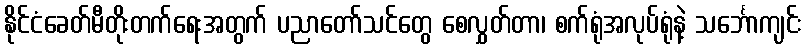
နိုင်ငံခေတ်မီတိုးတက်ရေးအတွက် ပညာတော်သင်တွေ စေလွှတ်တာ၊ စက်ရုံအလုပ်ရုံနဲ့ သင်္ဘောကျင်း